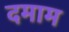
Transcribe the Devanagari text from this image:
दमाम